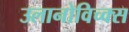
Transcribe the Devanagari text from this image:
उलानोविच्क्स